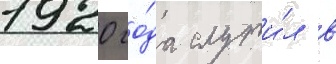
1920 го́да служи́л в